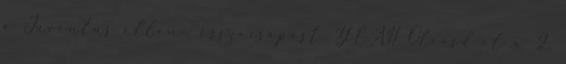
a Juventus elleni összecsapást. YEAH Olvasd el a 2.